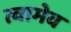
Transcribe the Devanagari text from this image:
त्वामेव